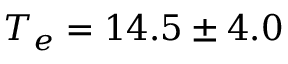
T _ { e } = 1 4 . 5 \pm 4 . 0